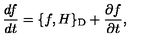
\frac { d f } { d t } = \{ f , H \} _ { \mathrm { D } } + \frac { \partial f } { \partial t } ,